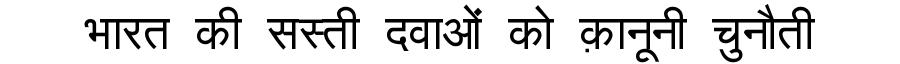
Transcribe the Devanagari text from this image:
भारत की सस्ती दवाओं को क़ानूनी चुनौती